Lunatic asylums Central Provinces reports 1874-1885 - 1874-1885
Year: 1874
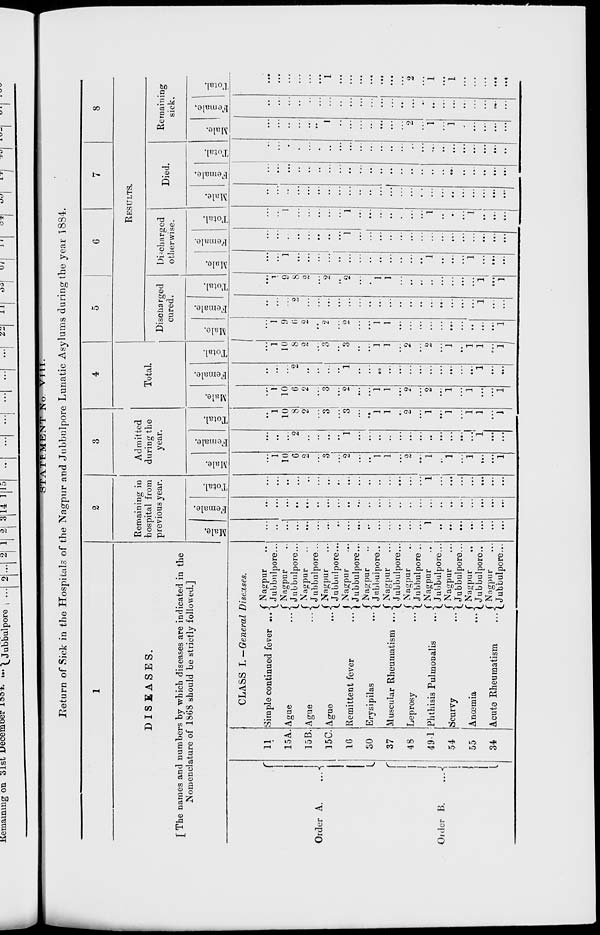
STATEMENT No. VIII.
Return of Sick in the Hospitals of the Nagpur and Jubbulpore Lunatic Asylums during the year 1884.
1
DISEASES.
[ The names and numbers by which diseases are indicated in the
Nomenclature of 1868 should be strictly followed.]
Order A.
...
Order B.
...
11
15A.
15B.
15C.
16
30
37
48
49.1
54
55
34
CLASS I. —General Diseases.
Simple continued fever
...
Ague
...
Ague
...
Ague
...
Remittent fever
...
Erysipilas
Muscular Rheumatism ...
Leprosy ...
Phthisis Pulmonalis
...
Scurvy
...
Anœmia
...
Acute Rheumatism
...
Nagpur ...
Jubbulpore ...
Nagpur ...
Jubbulpore ...
Nagpur ...
Jubbulpore ...
Nagpur ...
Jubbulpore ...
Nagpur ...
Jubbulpore ...
Nagpur ...
Jubbulpore ...
Nagpur ...
Jubbulpore ...
Nagpur ...
Jubbulpore ...
Nagpur ...
Jubbulpore ...
Nagpur ...
Jubbulpore ...
Nagpur ...
Jubbulpore ...
Nagpur ...
Jubbulpore ...
2
Remaining in
hospital from
previous year.
Male.
...
...
...
...
...
...
...
...
...
...
...
...
...
...
...
...
1
...
...
...
...
...
...
...
Female.
...
...
...
...
...
..
...
...
...
...
...
...
...
...
...
...
...
...
...
...
...
...
...
...
Total.
...
...
...
...
...
...
...
...
...
...
...
...
...
...
...
...
1
...
...
...
...
...
...
...
3
Admitted
during the
year.
Male.
...
1
10
6
2
...
3
...
2
...
...
1
1
...
2
...
1
...
1
...
1
...
...
1
Female.
...
...
...
2
...
...
...
...
1
...
...
...
...
...
...
...
...
...
...
...
...
1
...
...
Total.
...
1
10
8
2
...
3
...
3
...
...
1
1
...
2
...
1
...
1
...
1
1
...
1
4
Total.
Male.
...
1
10
6
2
...
3
...
2
...
...
1
1
...
2
...
2
...
1
...
1
...
...
1
Female.
...
...
...
2
...
...
...
...
1
...
...
...
...
...
...
...
...
...
...
...
...
1
...
...
Total.
...
1
10
8
2
...
3
...
3
...
...
1
1
...
2
...
2
...
1
...
1
1
...
1
5
6
7
8
RESULTS.
Discharged
cured.
Male.
...
1
9
6
2
...
2
...
2
...
...
1
1
...
...
...
...
...
...
...
...
...
...
1
Female.
...
...
...
2
...
...
...
...
...
...
...
...
...
...
...
...
...
...
...
...
...
1
...
...
Total.
...
1
9
8
2
...
2
...
2
...
...
1
1
...
...
...
...
...
...
...
...
1
...
1
Discharged
otherwise.
Male.
...
...
1
...
...
...
...
...
...
...
...
...
...
...
...
...
1
...
...
...
1
...
...
...
Female.
...
...
...
...
...
...
...
...
1
...
...
...
...
...
...
...
...
...
...
...
...
...
...
...
Total.
...
1
...
...
...
...
...
1
...
...
...
...
...
...
...
1
...
...
...
1
...
...
...
Died.
Male.
...
...
...
...
...
...
...
...
...
...
...
...
...
...
...
...
...
...
...
...
...
...
...
...
Female.
...
...
...
...
...
...
...
...
...
...
...
...
...
...
...
...
...
...
...
...
...
...
...
...
Total.
...
...
...
...
...
...
...
...
...
...
...
...
...
...
...
...
...
...
...
...
...
...
...
...
Remaining
sick.
Male.
...
...
...
...
...
...
1
...
...
...
...
...
...
...
2
...
1
...
1
...
...
...
...
...
Female.
...
...
...
...
...
...
...
...
...
...
...
...
...
...
...
...
...
...
...
...
...
...
...
...
Total.
...
...
...
...
...
...
1
...
...
...
...
...
...
...
2
...
1
...
1
...
...
...
...
...